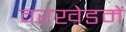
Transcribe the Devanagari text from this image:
वरखेडमें